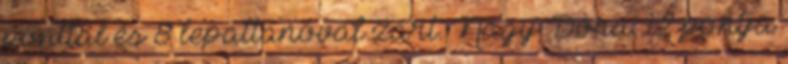
ponttal és 8 lepattanóval zárt. Nagy Dóra 12 pontja